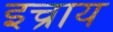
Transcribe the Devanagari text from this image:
इच्राय